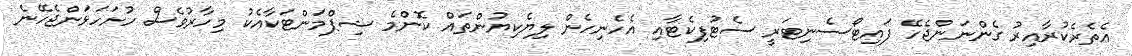
އެތެރެކުރާއިރު ގެންނަންޖެހޭ ފައިޓޯސެނިޓަރީ ސެޓުފިކެޓާއި އެހެނިހެން ލިޔެކިޔުންތައް ކޮންމެ ޝިޕްމަންޓަކާއެކު މިހާރުވެސް ހުށަހަޅަންޖެހޭނެ